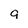
Character: 9